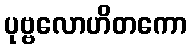
ပုဗ္ဗလောဟိတကော